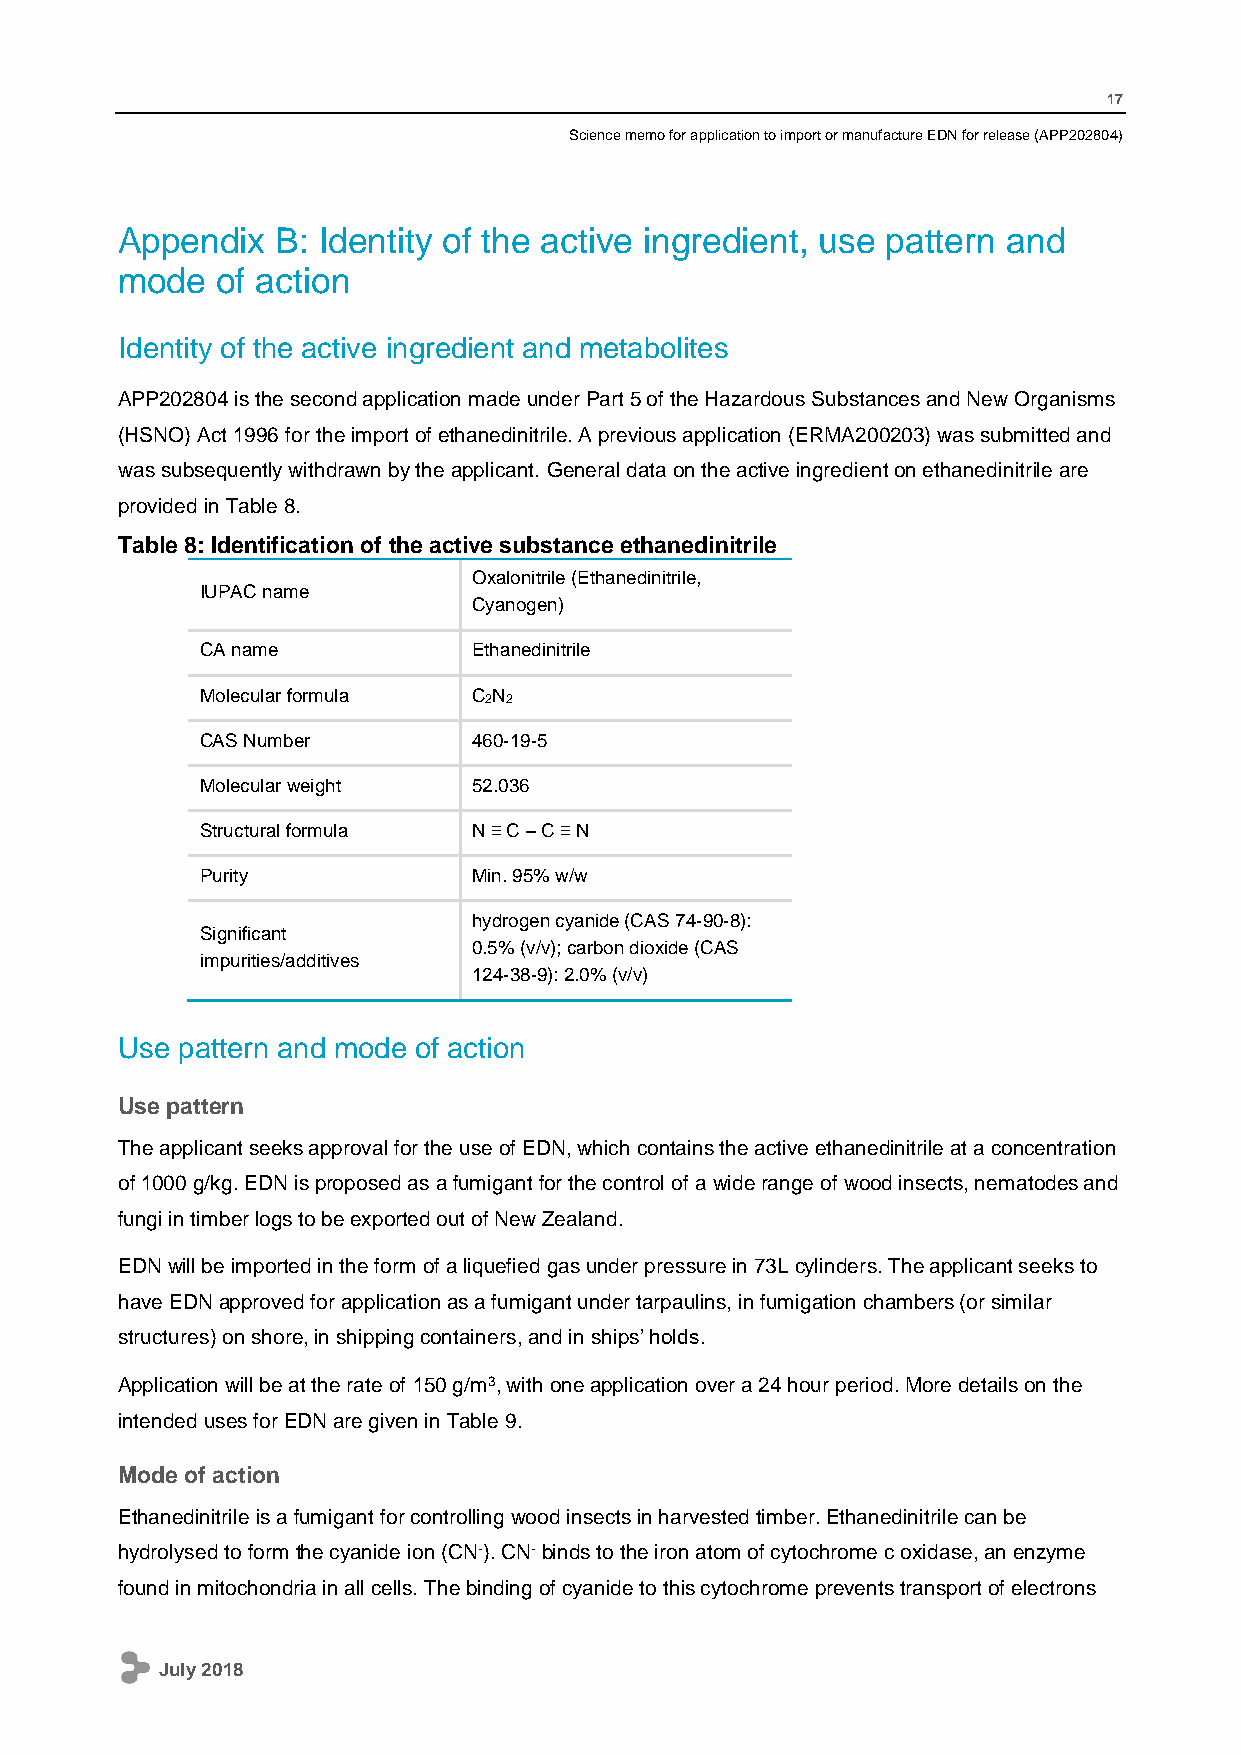
17
 Science memo for application to import or manufacture EDN for release (APP202804)
 Appendix  B: Identity of the active ingredient, use pattern and
 mode  of action
 Identity of the active ingredient and metabolites
 APP202804 is the second application made under Part 5 of the Hazardous Substances and New Organisms
 (HSNO) Act 1996 for the import of ethanedinitrile. A previous application (ERMA200203) was submitted and
 was subsequently withdrawn by the applicant. General data on the active ingredient on ethanedinitrile are
 provided in Table 8.
 Table 8: Identification of the active substance ethanedinitrile
 Oxalonitrile (Ethanedinitrile,
 IUPAC name
 Cyanogen)
 CA name           Ethanedinitrile
 Molecular formula C2N2
 CAS Number        460-19-5
 Molecular weight  52.036
 Structural formula N ≡ C – C ≡ N
 Purity            Min. 95% w/w
 hydrogen cyanide (CAS 74-90-8):
 Significant
 0.5% (v/v); carbon dioxide (CAS
 impurities/additives
 124-38-9): 2.0% (v/v)
 Use pattern and mode of action
 Use pattern
 The applicant seeks approval for the use of EDN, which contains the active ethanedinitrile at a concentration
 of 1000 g/kg. EDN is proposed as a fumigant for the control of a wide range of wood insects, nematodes and
 fungi in timber logs to be exported out of New Zealand.
 EDN will be imported in the form of a liquefied gas under pressure in 73L cylinders. The applicant seeks to
 have EDN approved for application as a fumigant under tarpaulins, in fumigation chambers (or similar
 structures) on shore, in shipping containers, and in ships’ holds.
 Application will be at the rate of 150 g/m3, with one application over a 24 hour period. More details on the
 intended uses for EDN are given in Table 9.
 Mode of action
 Ethanedinitrile is a fumigant for controlling wood insects in harvested timber. Ethanedinitrile can be
 hydrolysed to form the cyanide ion (CN-). CN- binds to the iron atom of cytochrome c oxidase, an enzyme
 found in mitochondria in all cells. The binding of cyanide to this cytochrome prevents transport of electrons
 July 2018